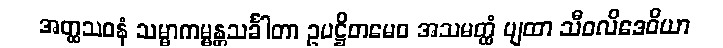
အတ္ထသဝနံ သမ္မာကမ္မန္တသင်္ခါတာ ဥပဋ္ဌိတမေဝ အသမတ္ထံ ဗျထာ သီဝလိဒေဝိယာ